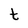
Character: t